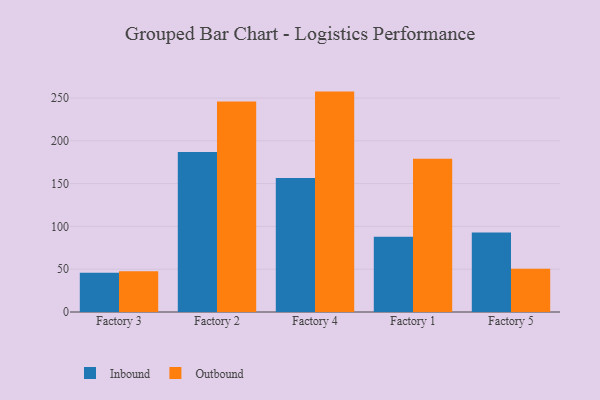
{"axis": {"x": "Factory", "y": "Population (Million)"}, "legend": ["Inbound", "Outbound"], "data": [{"x": "Factory 3", "y": 46.0, "type": "Inbound"}, {"x": "Factory 3", "y": 47.5, "type": "Outbound"}, {"x": "Factory 2", "y": 187.0, "type": "Inbound"}, {"x": "Factory 2", "y": 246.0, "type": "Outbound"}, {"x": "Factory 4", "y": 156.5, "type": "Inbound"}, {"x": "Factory 4", "y": 257.5, "type": "Outbound"}, {"x": "Factory 1", "y": 87.8, "type": "Inbound"}, {"x": "Factory 1", "y": 179.0, "type": "Outbound"}, {"x": "Factory 5", "y": 92.9, "type": "Inbound"}, {"x": "Factory 5", "y": 50.5, "type": "Outbound"}]}